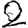
Digit: 2